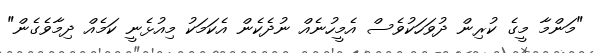
"މަންމާ މީގެ ކުރިން ދުވަހަކުވެސް އެމީހުނެއް ނުދެކެން އެކަމަކު މިއުޅެނީ ކަމެއް ދިމާވެގެން"